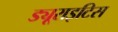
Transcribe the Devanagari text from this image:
ड्यूराइटिस